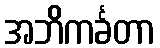
အဘိကင်္ခတာ